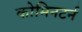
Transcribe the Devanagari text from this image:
कोमिनटर्न